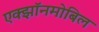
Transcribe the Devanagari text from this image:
एक्झॉनमोबिल